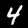
Digit: 4